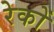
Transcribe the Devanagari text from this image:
रेकों